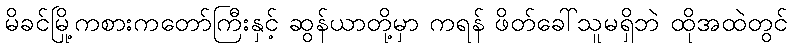
မိခင်မြို့ကစားကတော်ကြီးနှင့် ဆွန်ယာတို့မှာ ကရန် ဖိတ်ခေါ်သူမရှိဘဲ ထိုအထဲတွင်